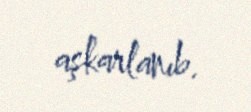
aşkarlanıb.